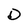
Character: D